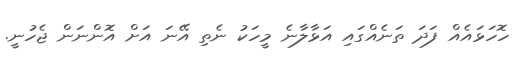
ހޮހަޅައެއް ފަދަ ތަނެއްގައި އަޅާލާނެ މީހަކު ނެތި އޭނަ އަށް އޮންނަން ޖެހުނީ.